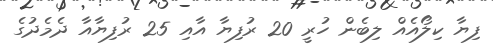
ފިޔާ ކިލޯއެއް ލިބެން ހުރީ 20 ރުފިޔާ އާއި 25 ރުފިޔާއާ ދެމެދުގެ